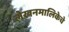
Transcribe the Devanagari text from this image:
लेखनमालिकेचे